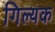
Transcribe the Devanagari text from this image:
गिल्यक